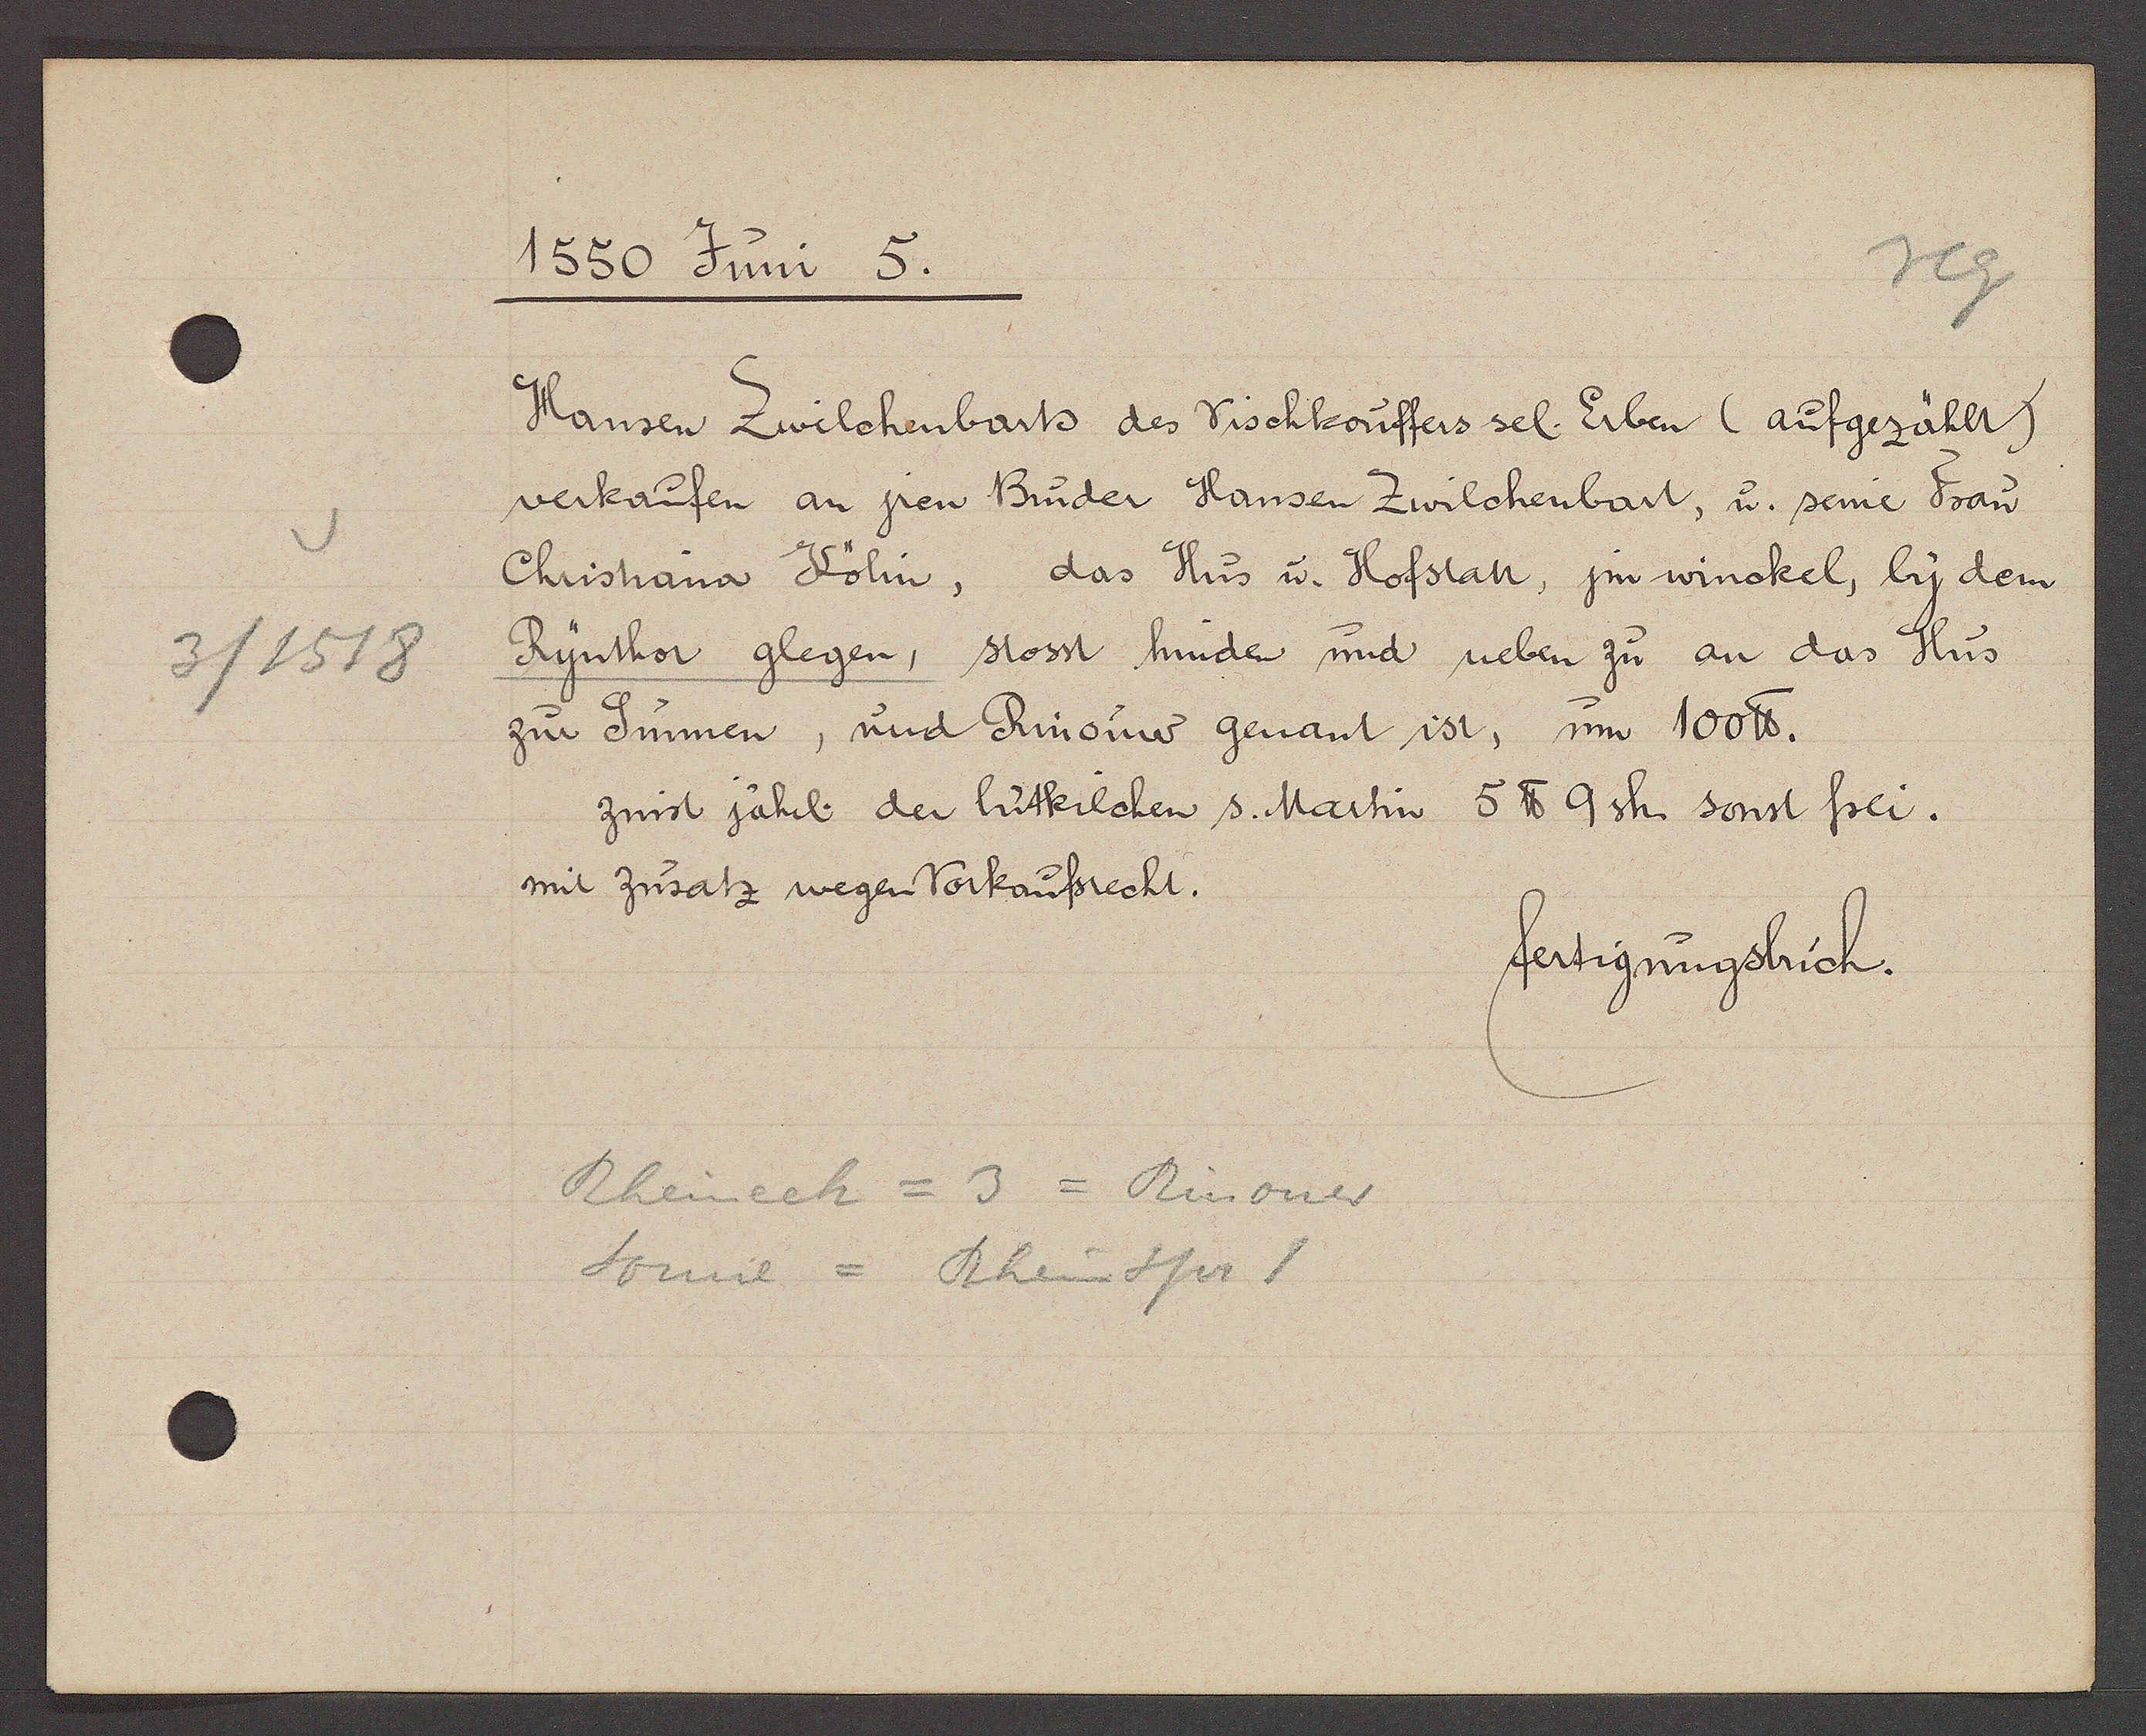
Transcript:
3/1518

1550 Juni 5

Hansen Zwilchenbarts des Vischkouffers sel. Erben (aufgezählt)
verkaufen an jren Bruder Hansen Zwilchenbart, u. seine Frau
Christiana Kölin, das Hus u. Hofstatt, jm winckel, by dem
Rynthor glegen, stosst hinden und neben zu an das Hus
zur Sunnen, und Rinouw genant ist, um 100lb.
zinst jährl der lutkilchen s. Martin 5 ℔ 9 sh. sonst frei.
mit Zusatz wegen Vorkaufsrecht.

fertigungsbuch.

Rheineck = 3 = Rinouw
Sonne = Rheinspr 1